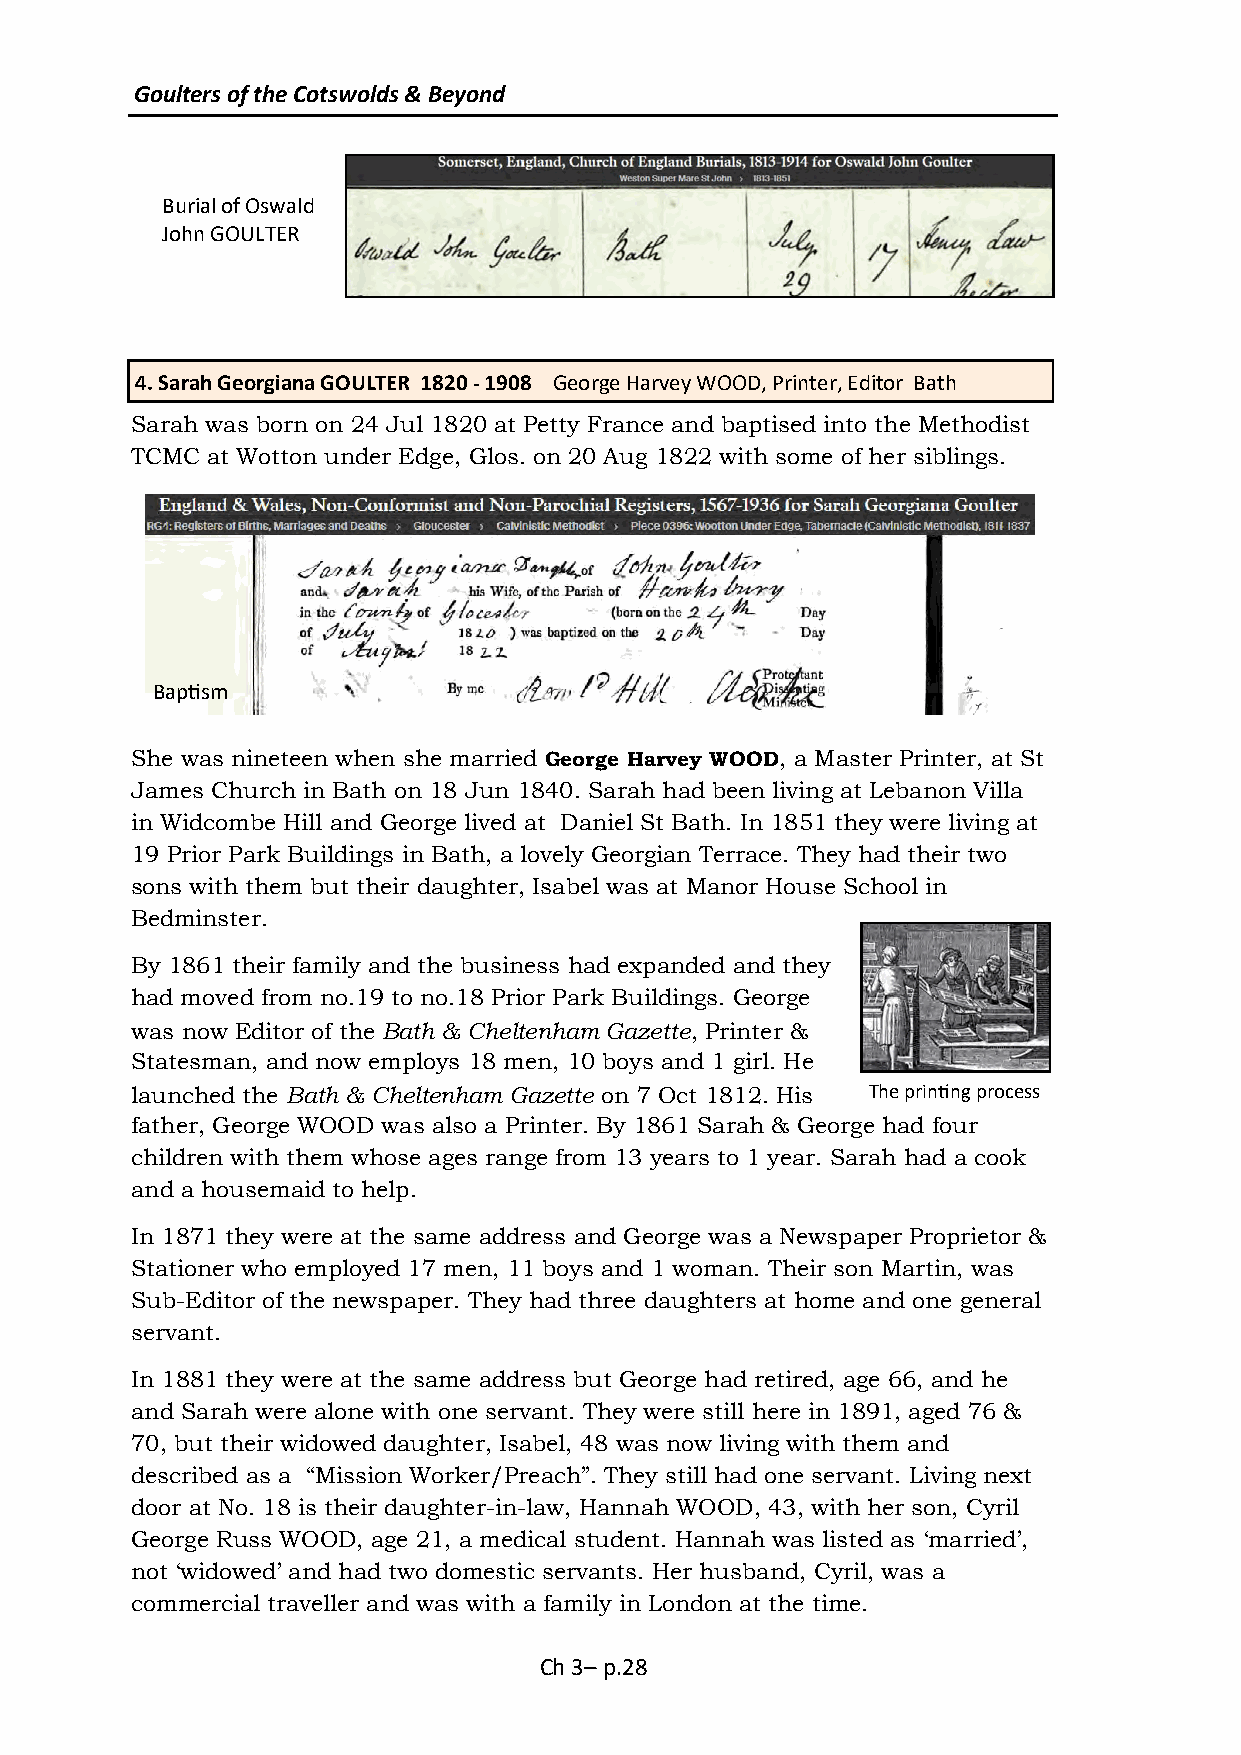
Goulters of the Cotswolds & Beyond
 Burial of Oswald
 John GOULTER
 4. Sarah Georgiana GOULTER 1820 - 1908 George Harvey WOOD, Printer, Editor Bath
 Sarah was born on 24 Jul 1820 at Petty France and baptised into the Methodist
 TCMC at Wotton under Edge, Glos. on 20 Aug 1822 with some of her siblings.
 Baptism
 She was nineteen when she married George Harvey WOOD, a Master Printer, at St
 James Church in Bath on 18 Jun 1840. Sarah had been living at Lebanon Villa
 in Widcombe Hill and George lived at Daniel St Bath. In 1851 they were living at
 19 Prior Park Buildings in Bath, a lovely Georgian Terrace. They had their two
 sons with them but their daughter, Isabel was at Manor House School in
 Bedminster.
 By 1861 their family and the business had expanded and they
 had moved from no.19 to no.18 Prior Park Buildings. George
 was now Editor of the Bath & Cheltenham Gazette, Printer &
 Statesman, and now employs 18 men, 10 boys and 1 girl. He
 launched the Bath & Cheltenham Gazette on 7 Oct 1812. His The printing process
 father, George WOOD was also a Printer. By 1861 Sarah & George had four
 children with them whose ages range from 13 years to 1 year. Sarah had a cook
 and a housemaid to help.
 In 1871 they were at the same address and George was a Newspaper Proprietor &
 Stationer who employed 17 men, 11 boys and 1 woman. Their son Martin, was
 Sub-Editor of the newspaper. They had three daughters at home and one general
 servant.
 In 1881 they were at the same address but George had retired, age 66, and he
 and Sarah were alone with one servant. They were still here in 1891, aged 76 &
 70, but their widowed daughter, Isabel, 48 was now living with them and
 described as a “Mission Worker/Preach”. They still had one servant. Living next
 door at No. 18 is their daughter-in-law, Hannah WOOD, 43, with her son, Cyril
 George Russ WOOD, age 21, a medical student. Hannah was listed as ‘married’,
 not ‘widowed’ and had two domestic servants. Her husband, Cyril, was a
 commercial traveller and was with a family in London at the time.
 Ch 3– p.28